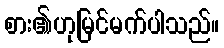
စား၏ဟုမြင်မက်ပါသည်။